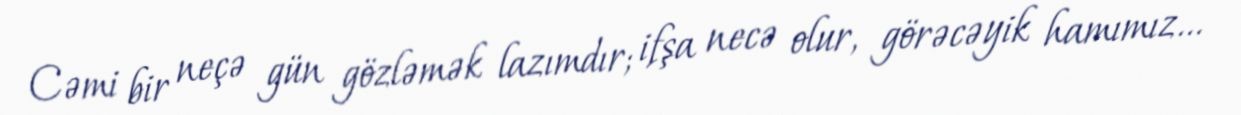
Cəmi bir neçə gün gözləmək lazımdır; ifşa necə olur, görəcəyik hamımız...